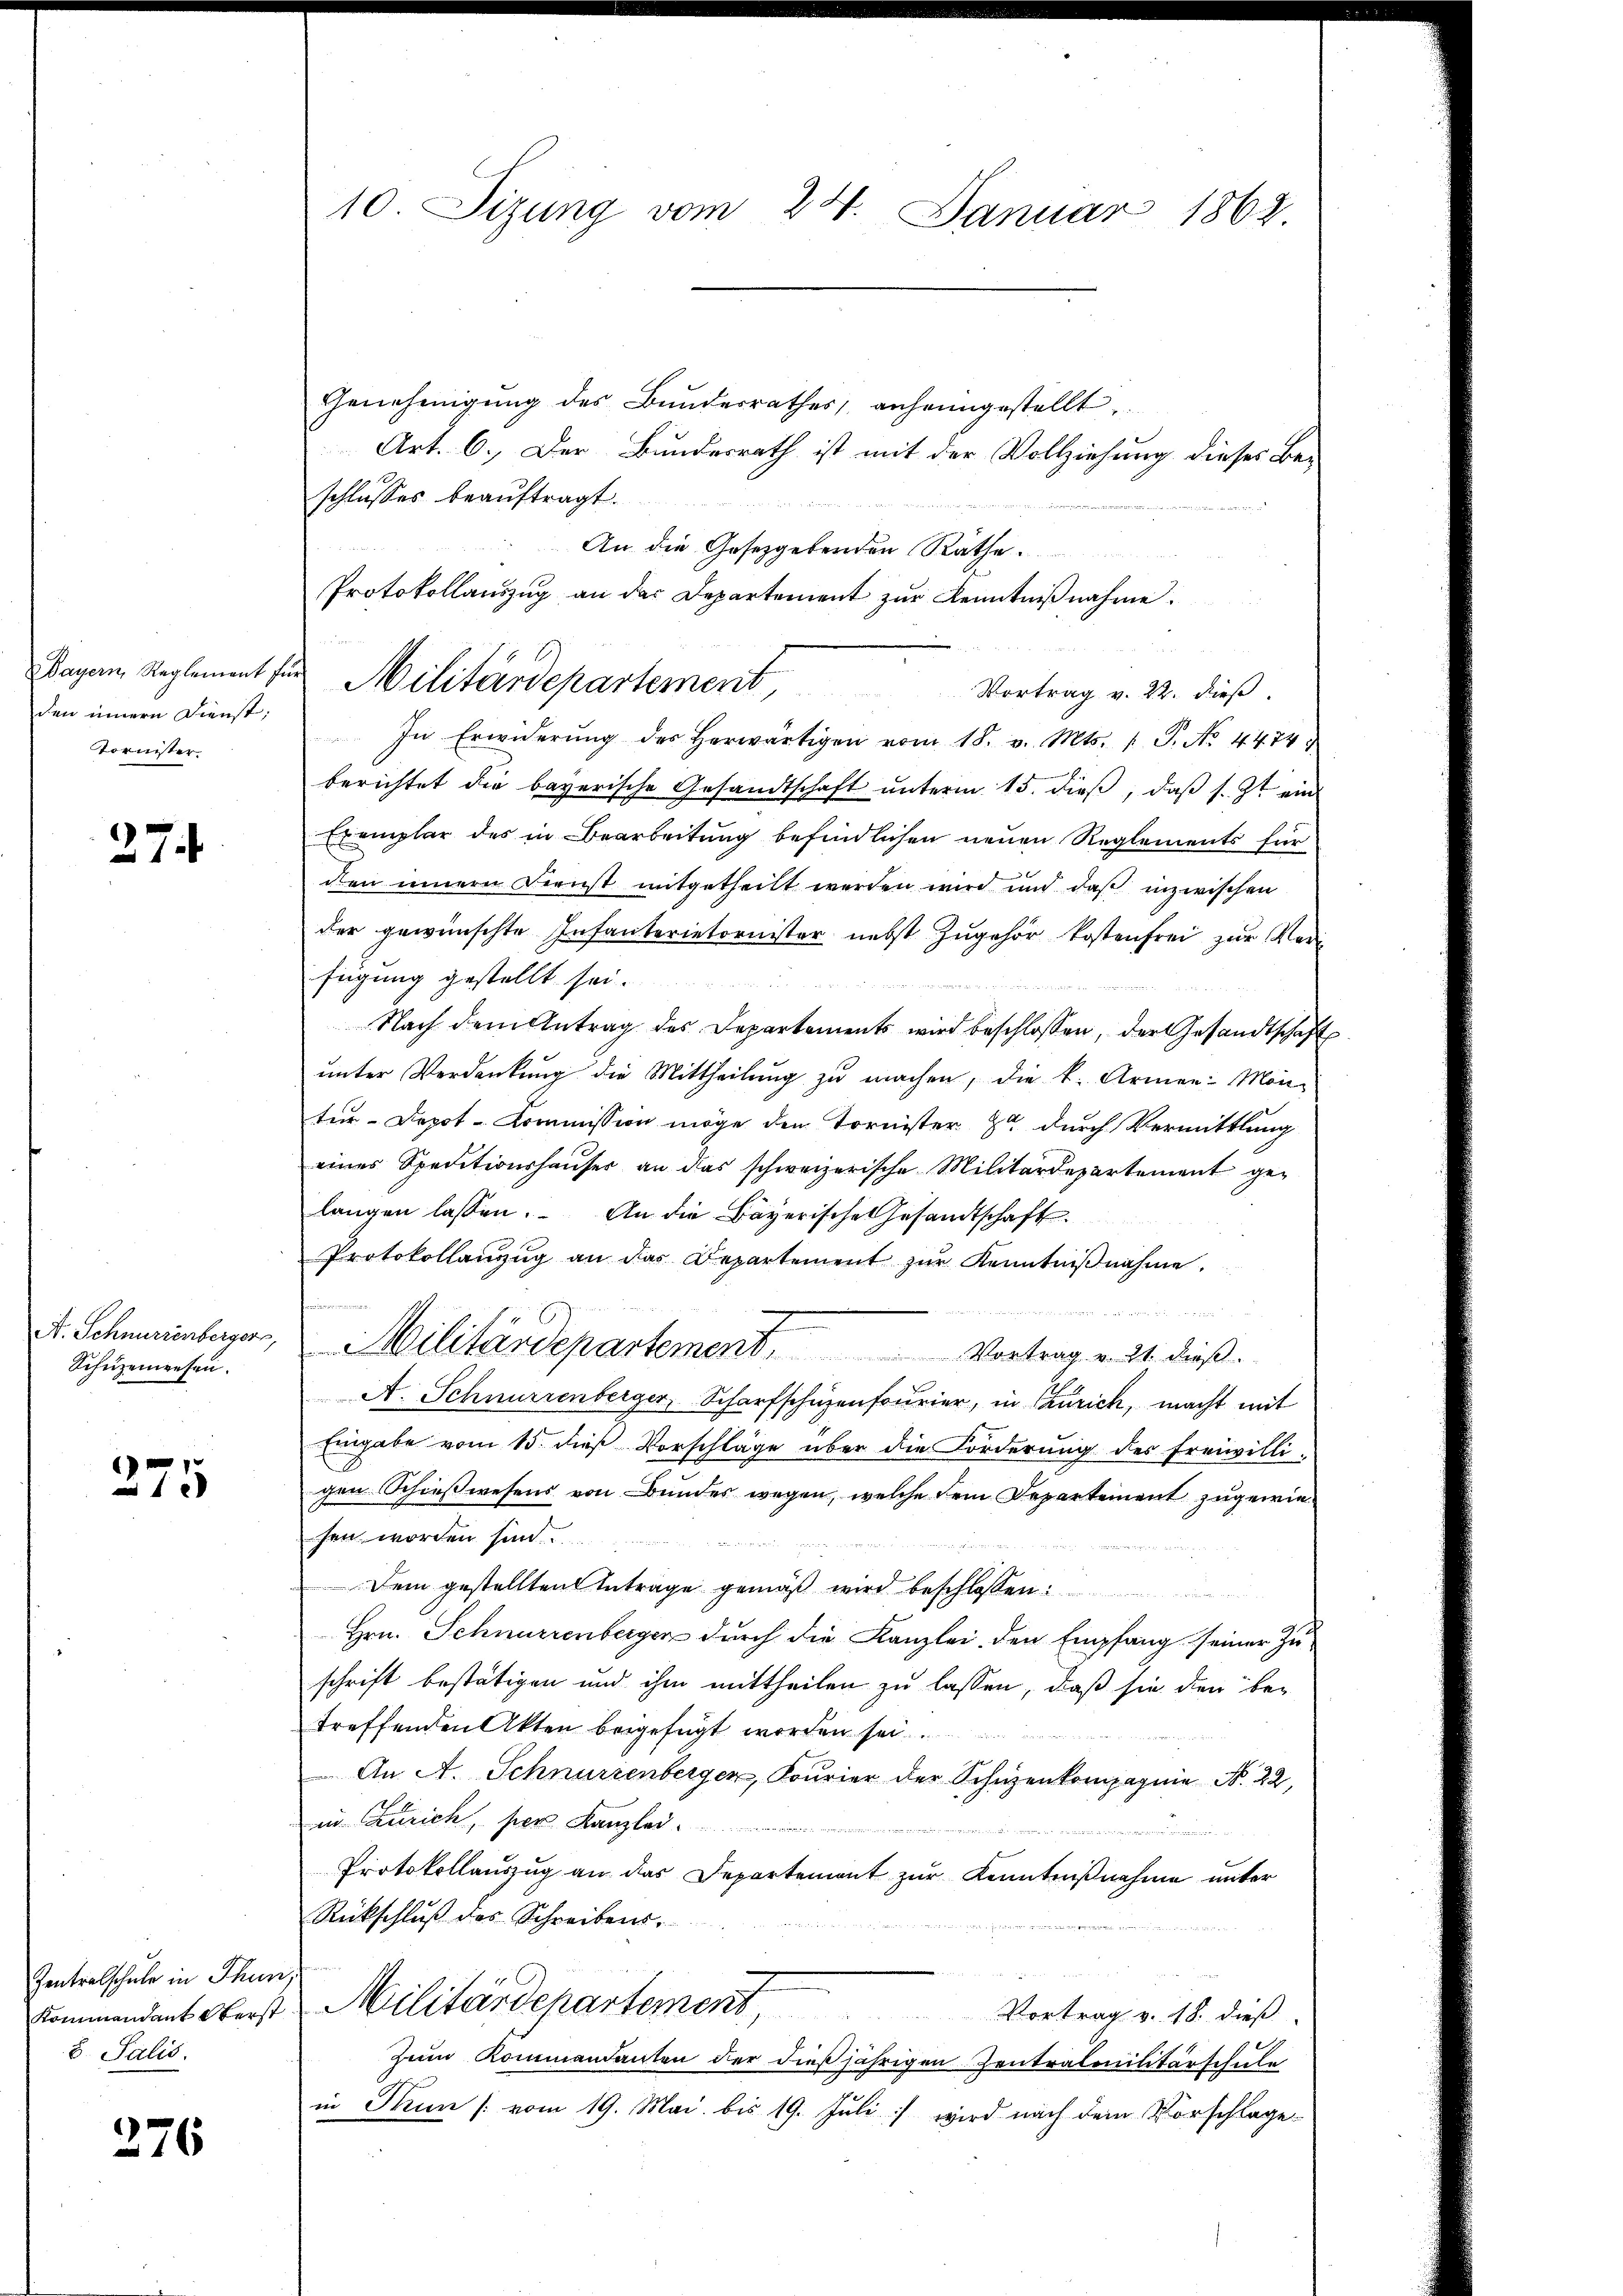
den innern Dienst
Tornister.

274

A. Schnurrenberger,
Schüzeiwesen.

275

Zentralschule in Thun.
Kommendant Oberst
8. Salis.

276

10. Sizung vom 24. Januar 1862.

Genehmigŭng des Bŭndesrathes anheimgestellt.
Art. 6. Der Bundesrath ist mit der Vollziehung dieses Be-
schlusses beauftragt.
An die Gesetzgebenden Räthe.
Protokollauszug an der Departement zur Kenntnißnahme.
Vortrag v. 22. dieß.
In Erwiderŭng des herwärtigen vom 18. v. Mts. /: P. Nr. 4474.
x
berichtet die bayerische Gesandtschaft ŭnterm 15. dieβ, daβ s. Zt. ein
Exemplar des in Bearbeitung befindlichen neuen Reglements für
den innern Dienst mitgetheilt werden wird und daß inzwischen
der gewünschte Infanterietornister nebst zugehör kostenfrei zur Verfügung gestellt sei.

Nach dem Antrag des Departements wird beschlossen, der Gesandtschaft
ŭnter Verdankŭng die Mittheilŭng zŭ machen, die k. Armen: Mon-
tur-Depot-Commission möge den Tornister 84 durch Vermittlung
eines Speditionshaŭser an das schweizerische Militärdepartement gelangen lassen. An die Bayerische Gesandtschaft.
Protokollanzŭg an das Departement zŭr Kenntniβnahme.

Militärdepartement. Vortrag v. 21. dieß.
A. Schnurrenberger, Scharfschüzenfourier, in Caurich, macht mit
Eingabe vom 15. dieß Vorschläge über die Forderung des Freiwilligen Schießwesens von Bundes wegen, welche dem Departement zugewie
hen worden sind.
Dem gestellten Betrage gemäß wird beschlossen:
Hrn. Schnurrenberger durch die Kanzlei den Empfang seiner Zuschrift bestätigen und ihm mittheilen zu lassen, daß sie den be-
treffenden Akten beigefügt worden sei.
An A. Schnurrenberger, Fourier der Schüzenkompagnie N. 22,
in Curich, per Kanzler
Protokollaŭszŭg an das Departemont zŭr Kenntniβnahme unter
Rückschluß des Schreibens
n
Militärdepartement,
Vortrag v. 18. dieß
Zum Kommandanten der dießjährigen Zentralmilitärschule
in Tun [vom 19. Mai bis 19. Juli :/ wird nach dem Vorschlage

Bayern Reglement für Militärdepartement,